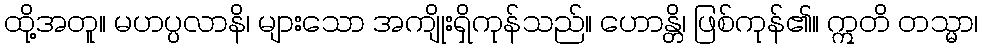
ထို့အတူ။ မဟပ္ပလာနိ၊ များသော အကျိုးရှိကုန်သည်။ ဟောန္တိ၊ ဖြစ်ကုန်၏။ ဣတိ တသ္မာ၊